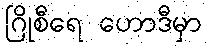
ဂြိုစီရေ ဟောဒီမှာ